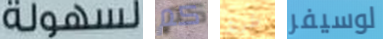
لسهولة كم طريق لوسيفر